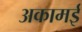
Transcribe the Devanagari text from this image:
अकामई